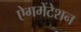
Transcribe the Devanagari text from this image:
ऐगमेंटेशन